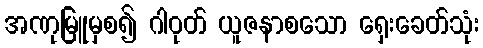
အဏုမြူမှစ၍ ဂါဝုတ် ယူဇနာစသော ရှေးခေတ်သုံး